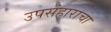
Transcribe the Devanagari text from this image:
उपसंहाराचा